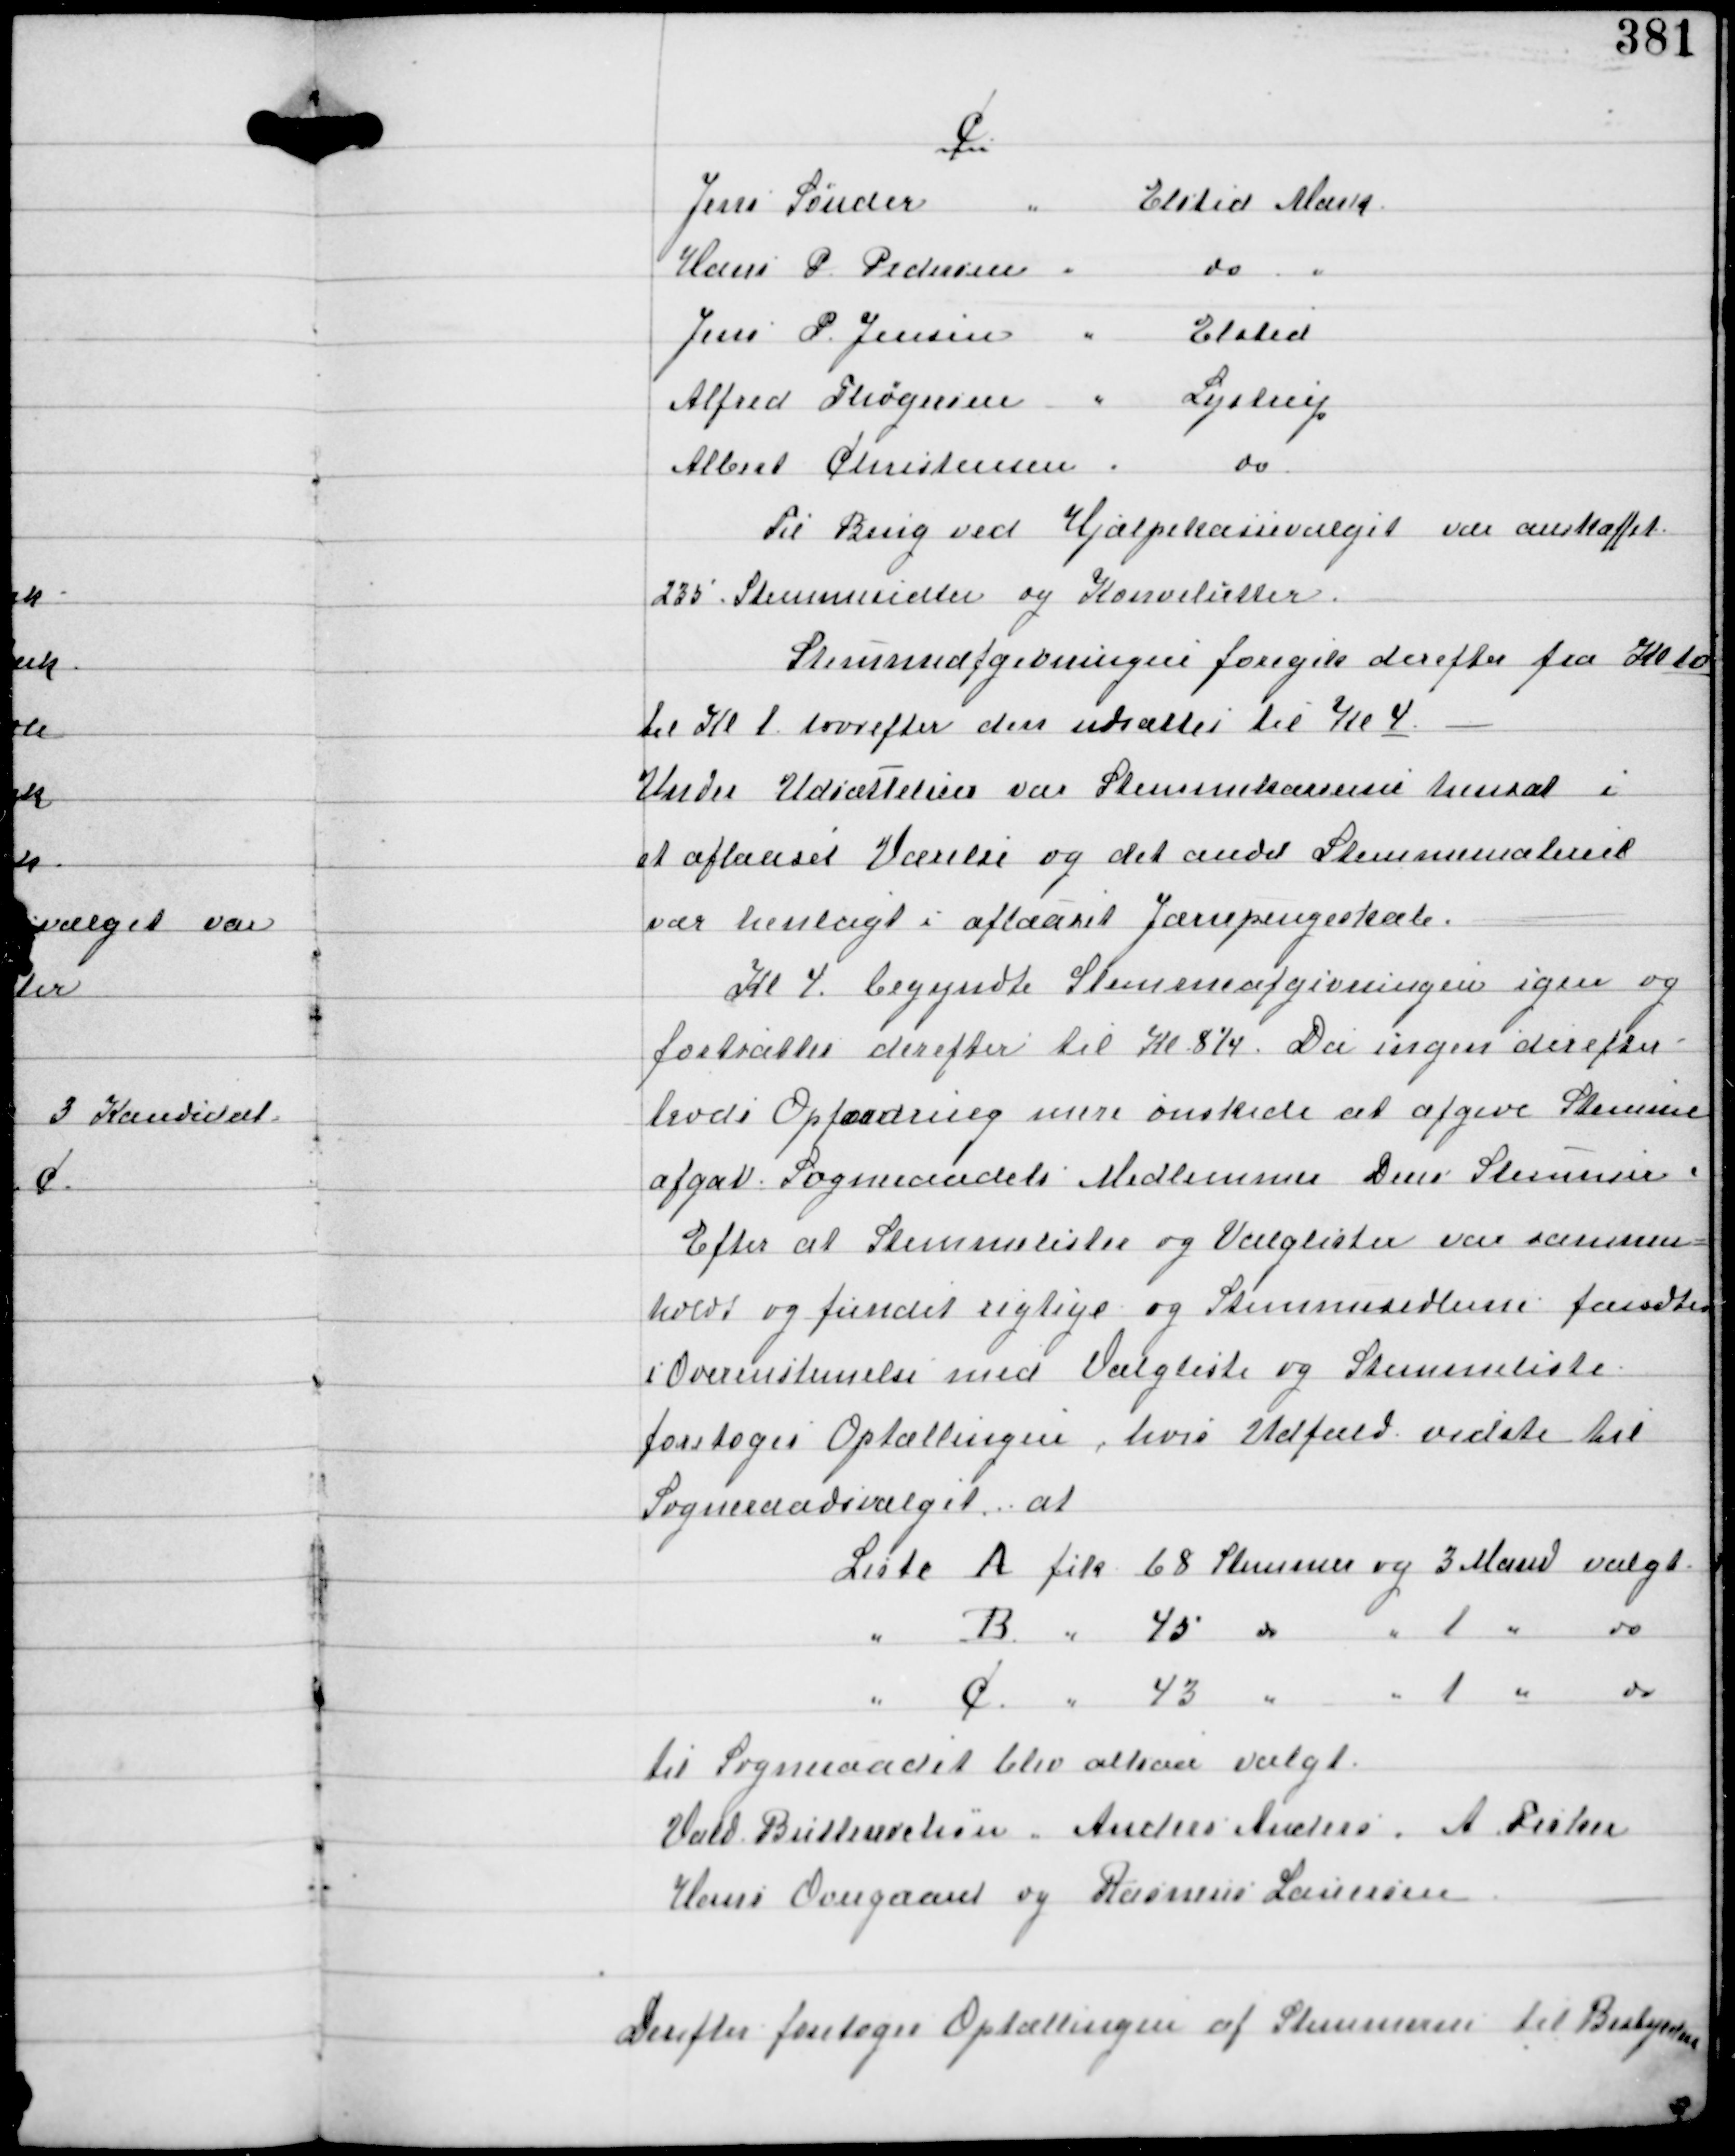
Transskription:
C

Til Brug ved Hjælpekassevalget var anskaffet
235 Stemmesedler og Konvolutter

Stemmeafgivningen foregik derefter fra Kl 10
til Kl 1 hvorefter den udsattes til Kl 4.
Under Udsættelsen var Stemmekasserne hensat i
et aflaaset Værelse og det andet Stemmemateriel
var henlagt i aflaaset Jærnpengeskab.
Kl 4 begyndte Stemmeafgivningen igen og
fortsattes derefter til Kl 8¼. Da ingen derefter
trods Opfordring mere ønskede at afgive Stemme
afgav Sogneraadets Medlemmer Deres Stemmer.
Efter at Stemmelister og Valglister var sammen-
holdt og fundet rigtige og Stemmesedlerne fandtes
i Overensstemmelse med Valgliste og Stemmeliste
foretoges Optællingen, hvis Udfald vidste til
Sogneraadsvalget at

til Sogneraadet blev altsaa valgt
Vald Buttenschøn Anders Anders A Fisker
Hans Overgaard og Rasmus Laursen

Derefter foretoges Optællingen af Stemmer til Bestyrelsen